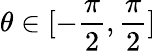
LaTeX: \theta\in[-\frac{\pi}{2},\frac{\pi}{2}]